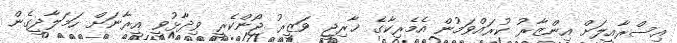
އިސްރާއީލަށް އިންޒާރު ކުރައްވަމުން އެމެރިކާގެ ޚާރިޖީ ވަޒީރު ޖޯންކެރީ ވިދާޅުވީ އީރާނަށް ހަމަލާދީގެން